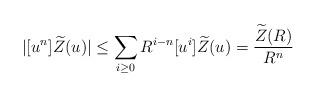
LaTeX: \begin{align*}|[u^n] \widetilde{Z}(u) | \le \sum_{i \ge 0}R^{i-n} [u^i]\widetilde{Z}(u)= \frac{\widetilde{Z}(R)}{R^n}\end{align*}